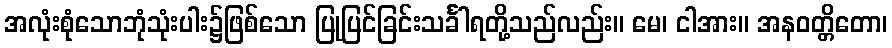
အလုံးစုံသောဘုံသုံးပါး၌ဖြစ်သော ပြုပြင်ခြင်းသင်္ခါရတို့သည်လည်း။ မေ၊ ငါအား။ အနဝတ္တိတော၊